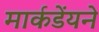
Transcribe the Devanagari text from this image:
मार्कडेंयने